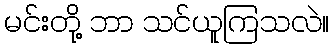
မင်းတို့ ဘာ သင်ယူကြသလဲ။